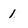
Character: 1